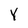
Character: Y